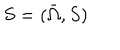
LaTeX: S = ( { \bar { \Omega } } , S )